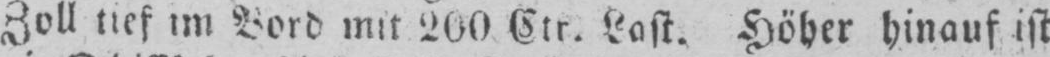
Zoll tief im Bord mit 200 Ctr. Last. Höher hinauf ist